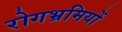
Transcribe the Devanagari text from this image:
रोगभ्रमियों